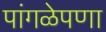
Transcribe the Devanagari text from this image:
पांगळेपणा